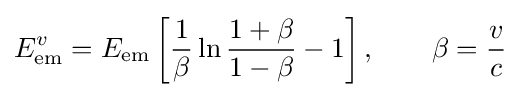
E_{\mathrm {em} }^{v}=E_{\mathrm {em} }\left[{\frac {1}{\beta }}\ln {\frac {1+\beta }{1-\beta }}-1\right],\qquad \beta ={\frac {v}{c}}